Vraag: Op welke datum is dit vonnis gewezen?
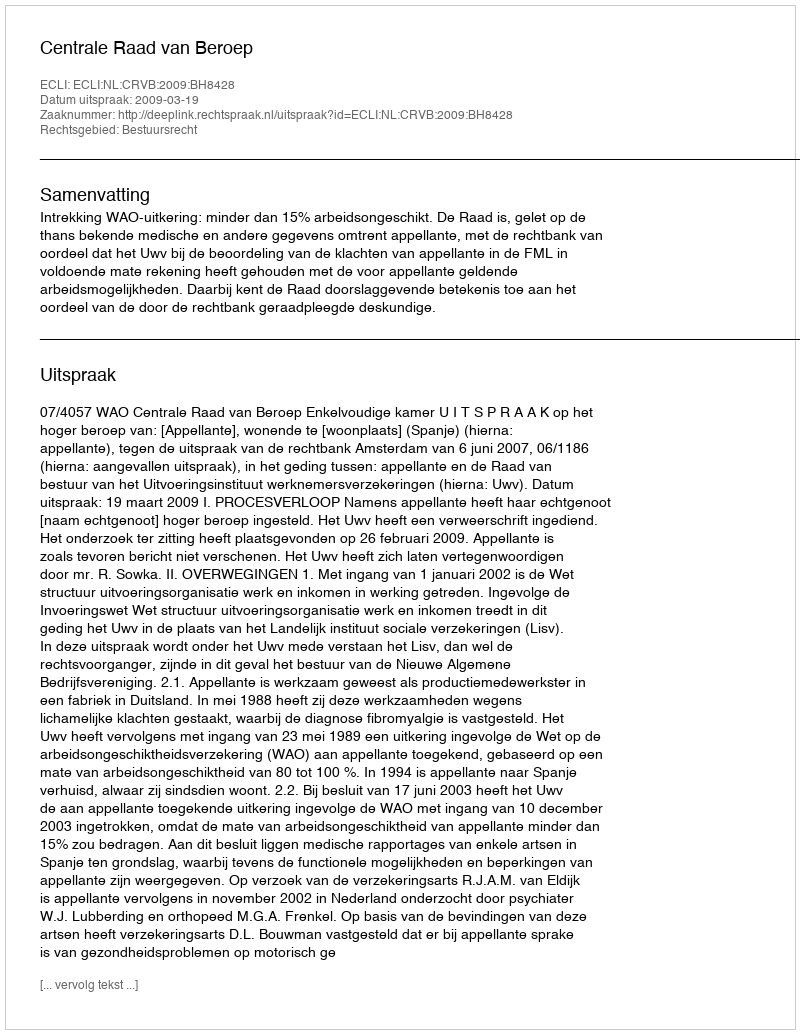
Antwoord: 2009-03-19